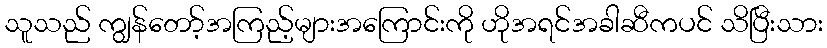
သူသည် ကျွန်တော့်အကြည့်များအကြောင်းကို ဟိုအရင်အခါဆီကပင် သိပြီးသား